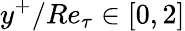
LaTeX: y^{+}/Re_{\tau}\in[0,2]